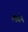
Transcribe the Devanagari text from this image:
लंबने